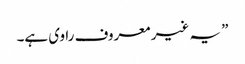
” یہ غیر معروف راوی ہے۔